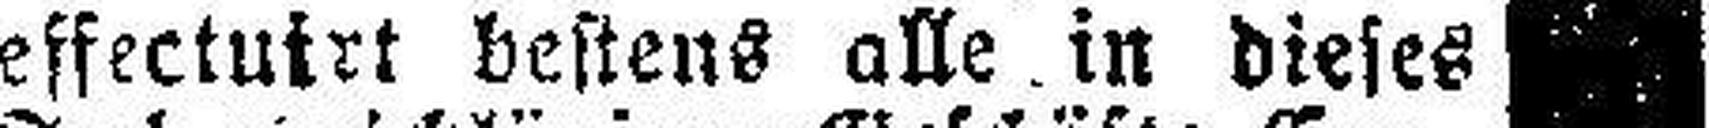
effectuirt bestens alle in dieses